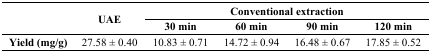
<table><thead><tr><td rowspan="2"></td><td rowspan="2"><b>UAE</b></td><td colspan="4"><b>Conventional extraction</b></td></tr><tr><td><b>30 min</b></td><td><b>60 min</b></td><td><b>90 min</b></td><td><b>120 min</b></td></tr></thead><tbody><tr><td><b>Yield (mg/g)</b></td><td>27.58 ± 0.40</td><td>10.83 ± 0.71</td><td>14.72 ± 0.94</td><td>16.48 ± 0.67</td><td>17.85 ± 0.52</td></tr></tbody></table>